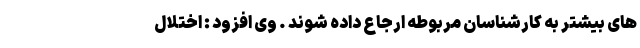
های بیشتر به کارشناسان مربوطه ارجاع داده شوند . وی افزود : اختلال